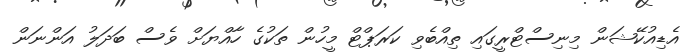
އެޑިއުކޭޝަން މިނިސްޓްރީގައި ތިއްބެވި ކަރަޕްޓް މީހުން ތަކުގެ ހާއްޔަށް ވެސް ބަދަލު އަންނަން